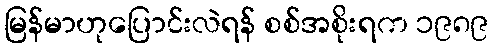
မြန်မာဟုပြောင်းလဲရန် စစ်အစိုးရက ၁၉၈၉